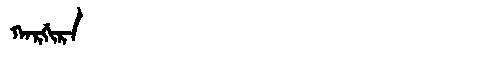
Manchu: ᡴᠠᡵᡤᡳᡵᠠ
Romanization: KARGIRA